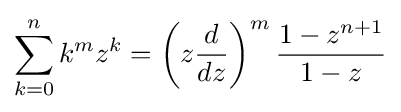
\sum _{k=0}^{n}k^{m}z^{k}=\left(z{\frac {d}{dz}}\right)^{m}{\frac {1-z^{n+1}}{1-z}}